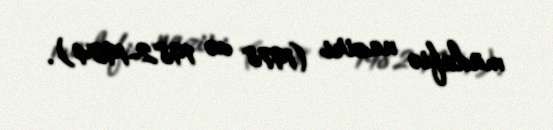
müdafiə naziri (1978 və 1982-1984).